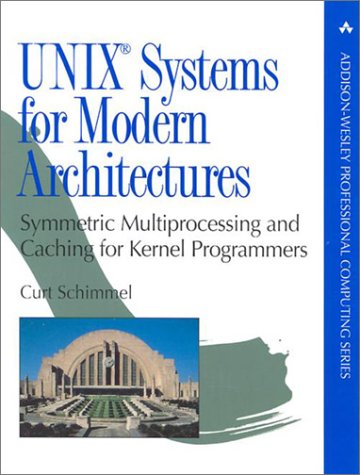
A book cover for UNIX Systems for Modern Architectures: Symmetric Multiprocessing and Caching for Kernel Programmers; Curt Schimmel; Computers & Technology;